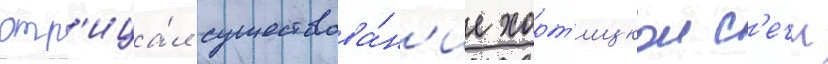
отр'ица́л существова́н'ие хорт'ицкои с'ечи